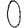
Digit: 0